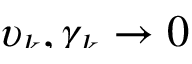
\smash { \upsilon _ { k } , \gamma _ { k } \to 0 }